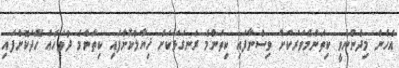
އެހެން މިދެންނެވީ ކިތަންމެވަރަކަށް ވިސްނާފައި ކިތަންމެ ރަނގަޅަކަށް ޚިޔާލުކޮށްފައި ކިތަންމެ ދުވަހެއް ހޭދަކޮށްފައި